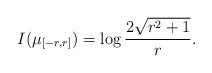
LaTeX: \begin{align*}I(\mu_{[-r,r]}) = \log\frac{2\sqrt{r^2+1}}{r}.\end{align*}